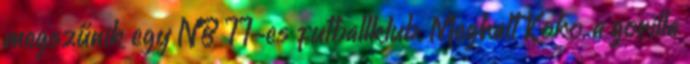
megszűnik egy NB II-es futballklub. Meghalt Koko, a gorilla